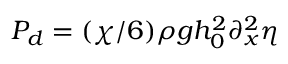
P _ { d } = ( \chi / 6 ) \rho g h _ { 0 } ^ { 2 } \partial _ { x } ^ { 2 } \eta